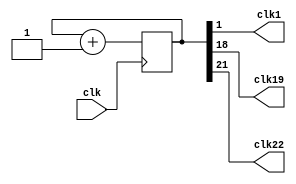
/*module clock_divisor(clk1, clk);
input clk;
output clk1;

reg [1:0] num;
wire [1:0] next_num;

always @(posedge clk) begin
  num <= next_num;
end

assign next_num = num + 1'b1;
assign clk1 = num[1];

endmodule*/
module clock_divisor(clk1, clk, clk19, clk22);
input clk;
output clk1;
output clk19;
output clk22;
reg [21:0] num;
wire [21:0] next_num;

always @(posedge clk) begin
  num <= next_num;
end

assign next_num = num + 1'b1;
assign clk1 = num[1];
assign clk19 = num[18];
assign clk22 = num[21];
endmodule